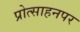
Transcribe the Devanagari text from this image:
प्रोत्साहनपर